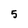
Character: 5